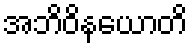
အဘိဝိနယောတိ